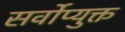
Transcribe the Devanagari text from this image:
सर्वोप्युक्त